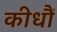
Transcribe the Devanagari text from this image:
कीधौं